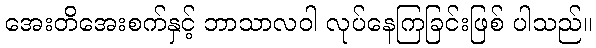
အေးတိအေးစက်နှင့် ဘာသာလဝါ လုပ်နေကြခြင်းဖြစ် ပါသည်။